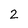
Character: 2